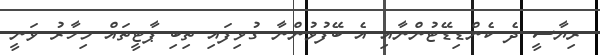
ރިޔާސީ ދެ ކެންޑިޑޭޓުންނާއި އެ ބޭފުޅުންނާ ގުޅިފައި ތިބި ޕާޓީތައް މިހާރު ވަނީ